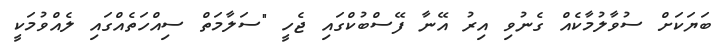
ބަޔަކަށް ސުވާލުމާކެއް ގެނުވި އިރު އޭނާ ފޭސްބުކްގައި ޖެހީ "ސަލާމަތް ސިއްހަތެއްގައި ލެއްވުމަކީ